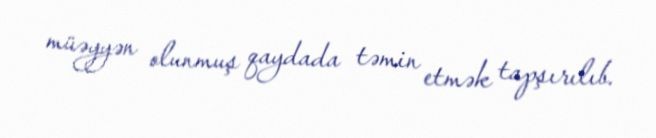
müəyyən olunmuş qaydada təmin etmək tapşırılıb.